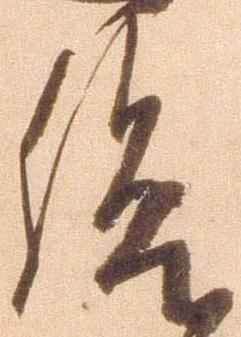
給